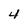
Character: 4